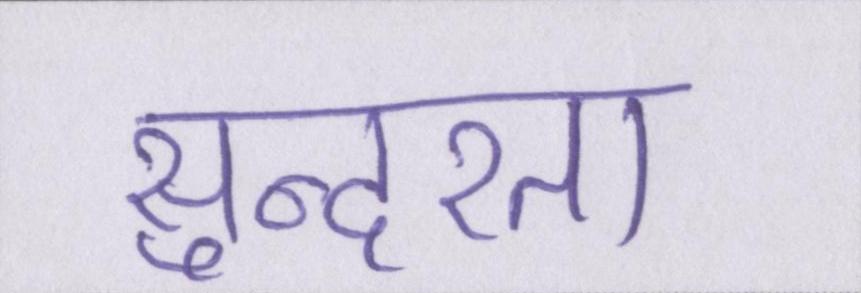
सुन्दरता